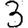
Digit: 3